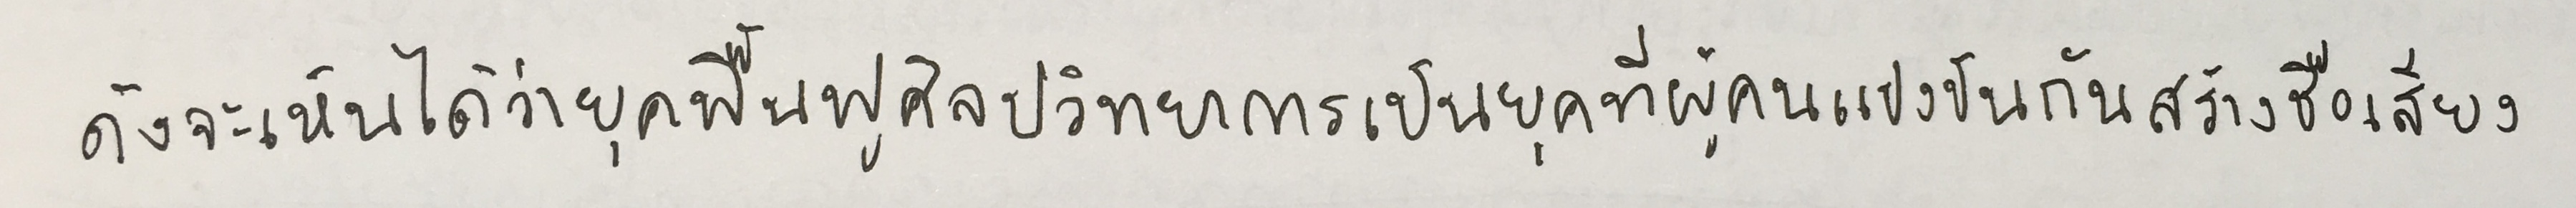
ดังจะเห็นได้ว่ายุคฟื้นฟูศิลปวิทยาการเป็นยุคที่ผู้คนแข่งขันกันสร้างชื่อเสียง